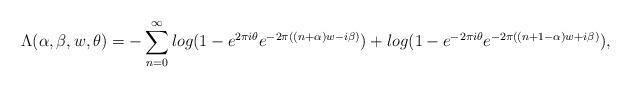
LaTeX: \begin{align*}~~~~~~~\Lambda (\alpha,\beta,w,\theta) =-\sum_{n=0}^{\infty} log(1-e^{2\pi i \theta}e^{-2\pi((n+\alpha)w-i\beta)})+log(1-e^{-2\pi i \theta}e^{-2\pi((n+1-\alpha)w+i\beta)}),\end{align*}